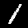
Digit: 1